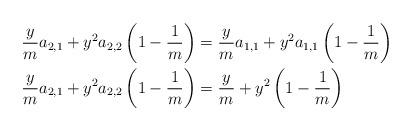
LaTeX: \begin{align*}&\frac{y}{m}a_{2,1}+y^2a_{2,2}\left(1-\frac{1}{m}\right)=\frac{y}{m}a_{1,1}+y^2a_{1,1}\left(1-\frac{1}{m}\right)\\&\frac{y}{m}a_{2,1}+y^2a_{2,2}\left(1-\frac{1}{m}\right)=\frac{y}{m}+y^2\left(1-\frac{1}{m}\right)\\&\end{align*}